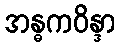
အန္ဓကဝိန္ဒာ